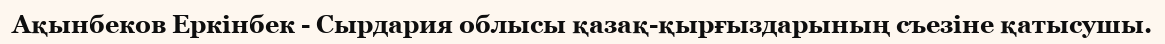
Ақынбеков Еркінбек - Сырдария облысы қазақ-қырғыздарының съезіне қатысушы.